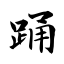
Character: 踊